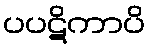
ပပဋိကာပိ